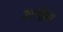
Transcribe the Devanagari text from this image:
कान्‍फ़्रेंस